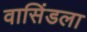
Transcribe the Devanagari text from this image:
वासिंडला